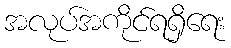
အလုပ်အကိုင်ရရှိရေး